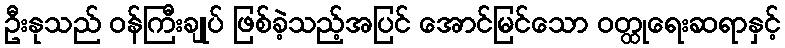
ဦးနုသည် ဝန်ကြီးချုပ် ဖြစ်ခဲ့သည့်အပြင် အောင်မြင်သော ဝတ္ထုရေးဆရာနှင့်